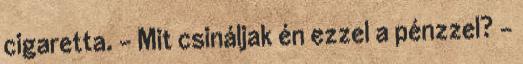
cigaretta. - Mit csináljak én ezzel a pénzzel? -